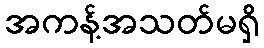
အကန့်အသတ်မရှိ